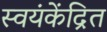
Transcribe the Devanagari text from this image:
स्वयंकेंद्रित